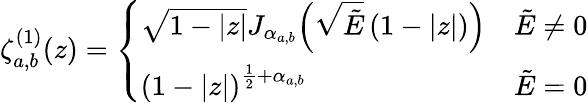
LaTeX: \zeta_{a,b}^{(1)}(z)=\left\{ \begin{array}{ll}{\sqrt{1-|z|}J_{\alpha_{a,b}}\! \left(\sqrt{\tilde{E}}\left(1-|z|\right)\right)}&{\tilde{E}\neq 0}\\ {{\left(1-|z|\right)}^{\frac{1}{2}+{\alpha_{a,b}}}}&{\tilde{E}=0}\end{array}\right.